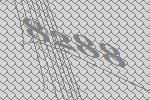
8288